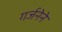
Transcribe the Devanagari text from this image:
गर्जनेने